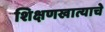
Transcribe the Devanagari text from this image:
शिक्षणखात्याचे